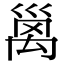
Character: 𫶩